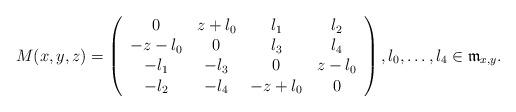
LaTeX: \begin{align*}M(x,y,z) =\left( \begin{array} {cccc}0 & z+\l_0 & \l_1 & \l_2 \\-z-\l_0 & 0 & \l_3 & \l_4 \\-\l_1 & -\l_3 & 0 & z- \l_0\\-\l_2 & -\l_4 & -z+\l_0 & 0 \end{array}\right), \l_0, \dots, \l_4 \in \frak m_{x,y}.\end{align*}